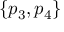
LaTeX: \{ p _ { 3 } , p _ { 4 } \}